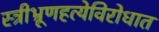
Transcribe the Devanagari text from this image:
स्त्रीभ्रूणहत्येविरोधात